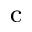
^ \mathrm { c }